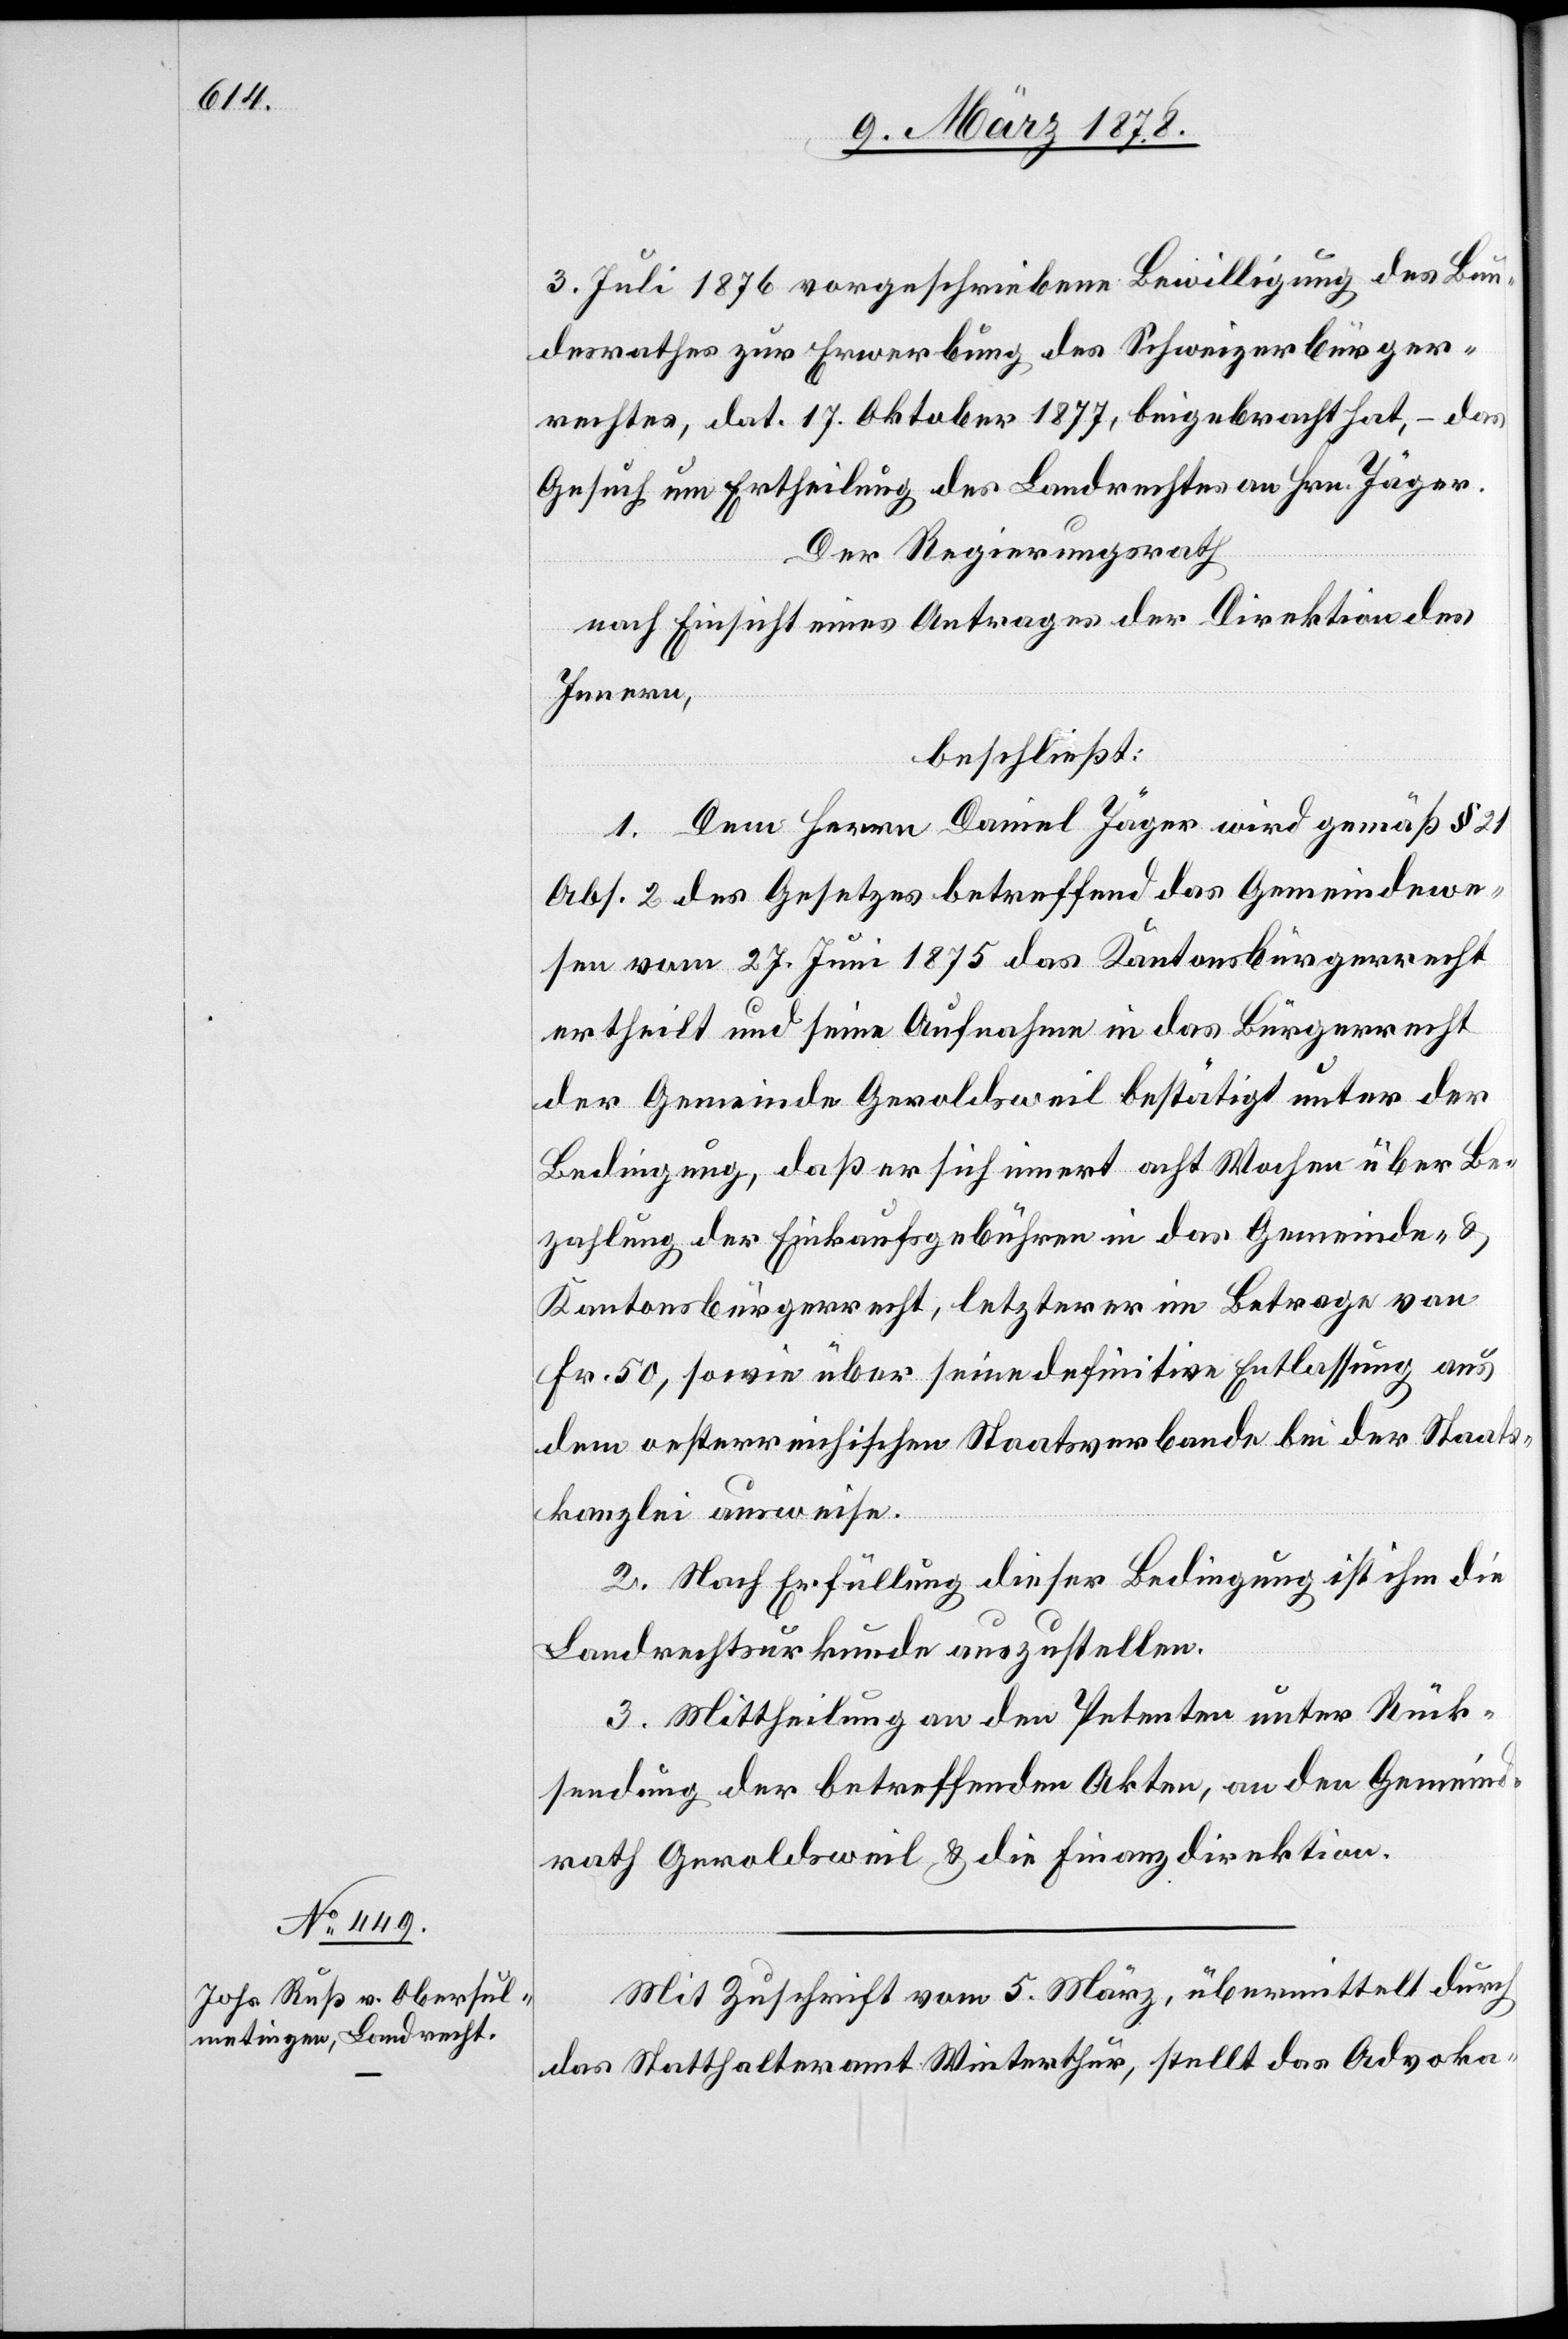
3. Juli 1876 vorgeschriebene Bewilligung des Bun¬
desrathes zur Erwerbung des Schweizerbürger¬
rechtes, dat. 17. Oktober 1877, beigebracht hat, – das
Gesuch um Ertheilung des Landrechtes an Hrn. Jäger.
Der Regierungsrath
nach Einsicht eines Antrages der Direktion des
Innern,
beschließt:
1. Dem Herrn Daniel Jäger wird gemäß § 21
Abs. 2 des Gesetzes betreffend das Gemeindewe¬
sen vom 27. Juni 1875 das Kantonsbürgerrecht
ertheilt und seine Aufnahme in das Bürgerrecht
der Gemeinde Geroldsweil bestätigt unter der
Bedingung, daß er sich innert Acht Wochen über Be¬
zahlung der Einkaufsgebühren in das Gemeinde- &
Kantonsbürgerrecht, letzterer im Betrage von
Fr. 50, sowie über seine definitive Entlassung aus
dem oesterreichischen Staatsverbande bei der Staats¬
kanzlei ausweise.
2. Nach Erfüllung dieser Bedingung ist ihm die
Landrechtsurkunde auszustellen.
3. Mittheilung an den Petenten unter Rück¬
sendung der betreffenden Akten, an den Gemeind¬
rath Geroldsweil & die Finanzdirektion.
Mit Zuschrift vom 5. März, übermittelt durch
das Statthalteramt Winterthur, stellt das Advoka-